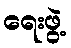
ရေးဖွဲ့